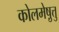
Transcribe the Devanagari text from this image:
कोलमेष़ुत्तु